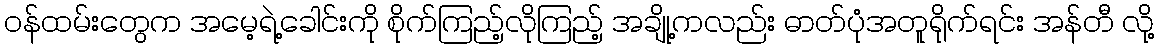
ဝန်ထမ်းတွေက အမေ့ရဲ့ခေါင်းကို စိုက်ကြည့်လိုကြည့် အချို့ကလည်း ဓာတ်ပုံအတူရိုက်ရင်း အန်တီ လို့